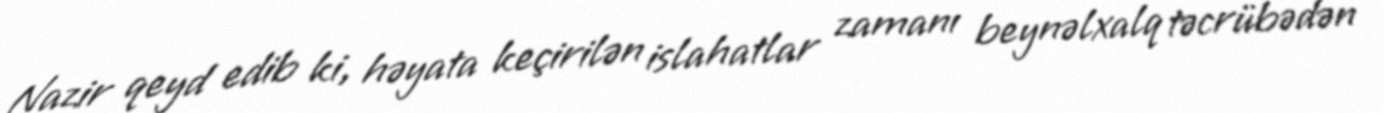
Nazir qeyd edib ki, həyata keçirilən islahatlar zamanı beynəlxalq təcrübədən